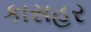
કાસહર